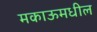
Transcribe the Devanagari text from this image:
मकाऊमधील